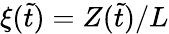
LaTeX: \xi(\tilde{t})=Z(\tilde{t})/L